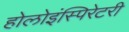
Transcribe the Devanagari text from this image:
होलोइंस्पिरेटरी